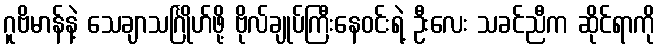
ဂူဗိမာန်နဲ့ သေချာသင်္ဂြိုဟ်ဖို့ ဗိုလ်ချုပ်ကြီးနေဝင်းရဲ့ ဦးလေး သခင်ညီက ဆိုင်ရာကို